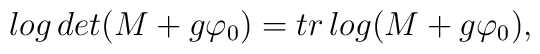
log\,det(M+g\varphi_{0})=tr\,log(M+g\varphi_{0}),